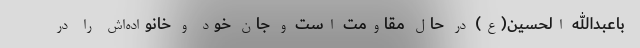
باعبدالله الحسین(ع) در حال مقاومت است و جان خود و خانواده‌اش را در